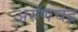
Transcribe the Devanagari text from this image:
अरुणचंद्र